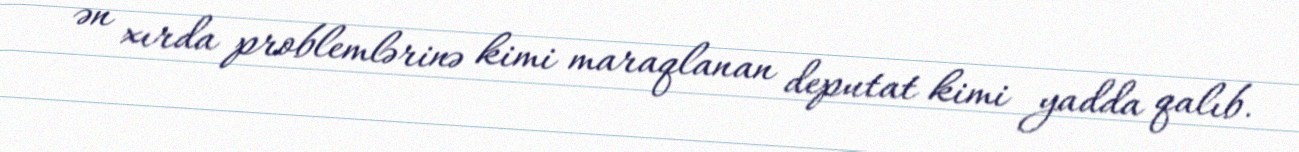
ən xırda problemlərinə kimi maraqlanan deputat kimi yadda qalıb.